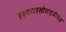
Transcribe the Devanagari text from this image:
इक्ष्तराइसोफएजीयल